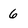
Character: 6